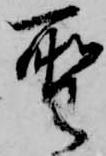
聖